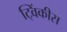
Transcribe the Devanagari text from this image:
ट्विंकीस